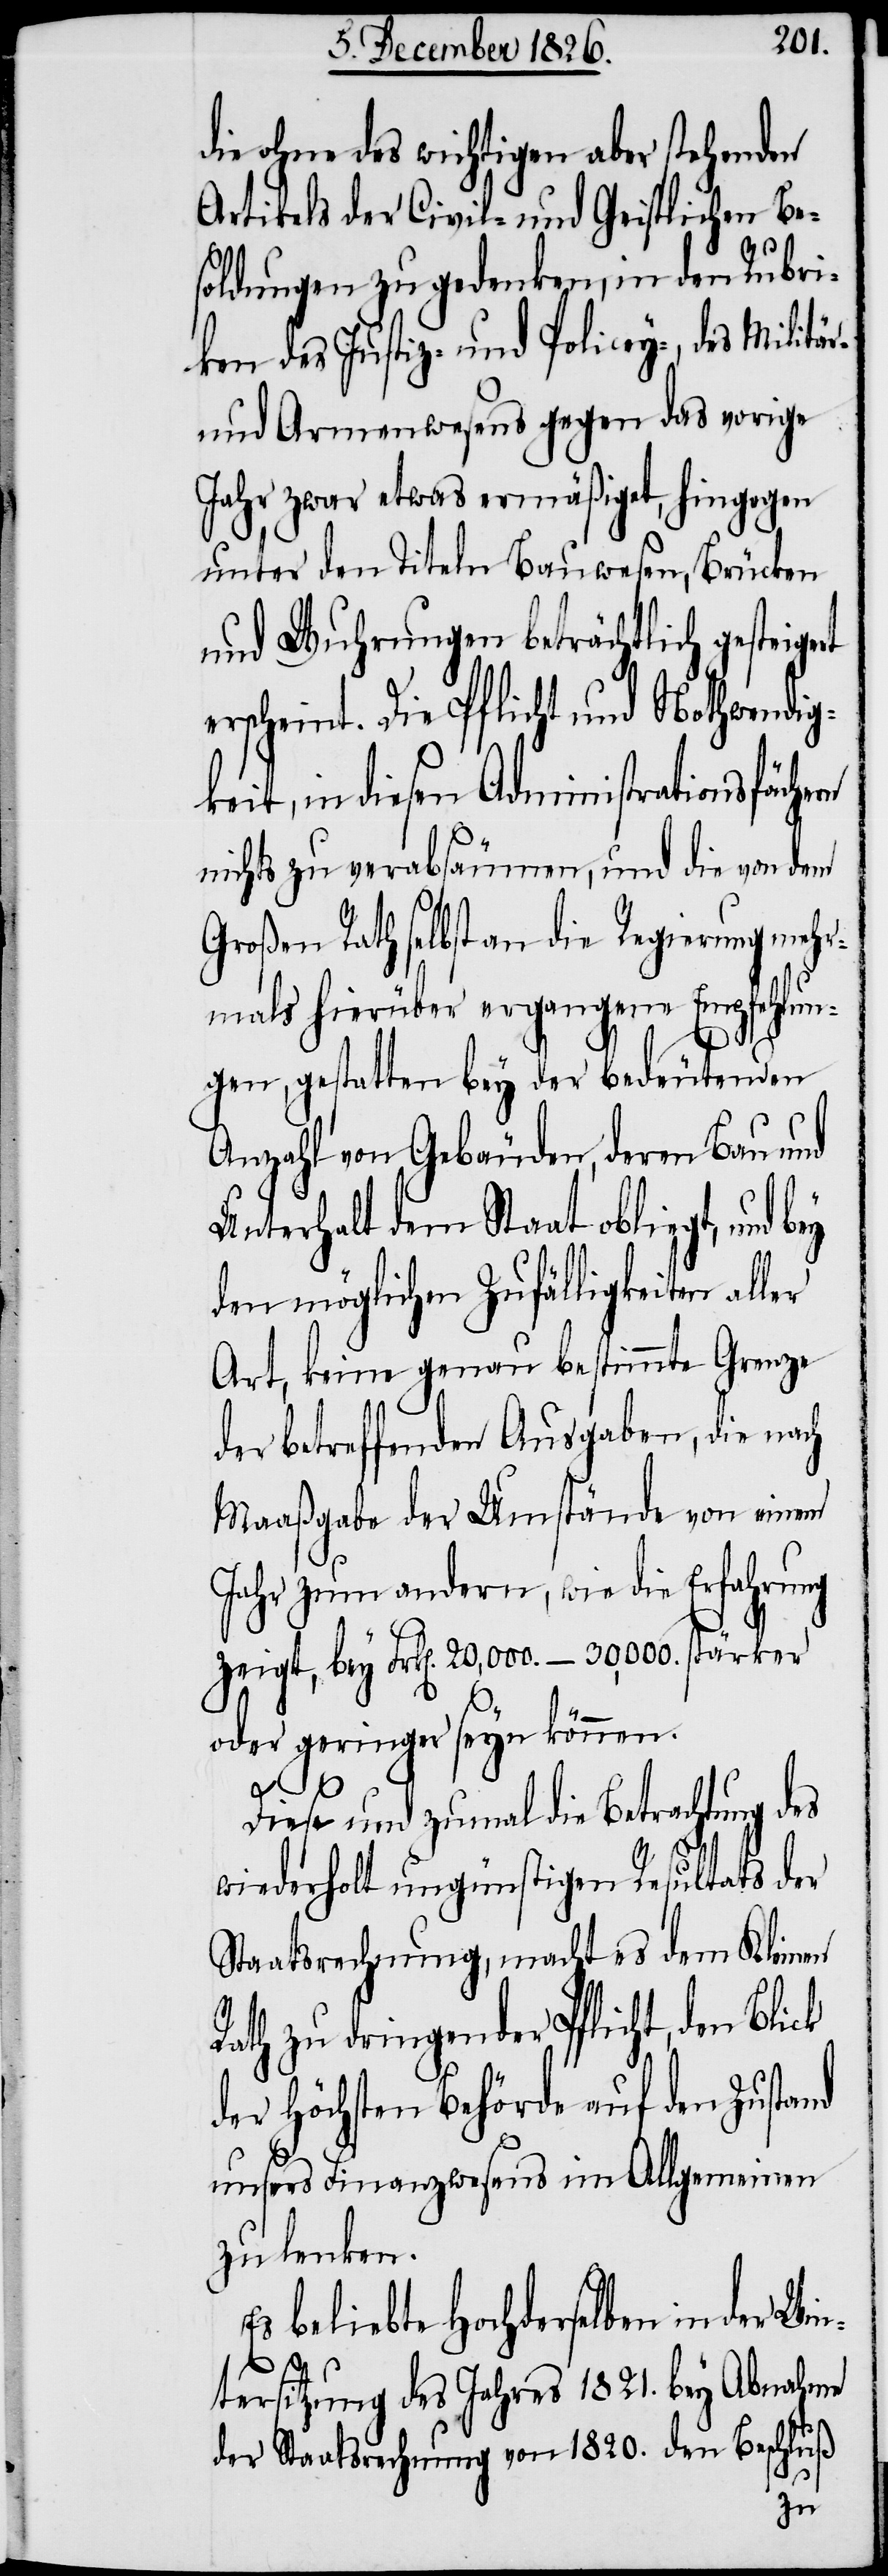
die ohne des wichtigen aber stehenden
Artikels der Civil- und Geistlichen Be¬
soldungen zu gedenken, in den Rubri¬
ken des Justiz- und Policey-, des Militär-
und Armenwesens gegen das vorige
Jahr zwar etwas ermäßiget, hingegen
unter den Titeln Bauwesen, Brücken
und Wuhrungen beträchtlich gesteige¬
erscheint. Die Pflicht und Nothwendig¬
keit, in diesen Administrationsfächern
nichts zu verabsäumen, und die von dem
Großen Rath selbst an die Regierung mehr¬
mals hierüber ergangene Empfehlun¬
gen, gestatten bey der bedeutenden
Anzahl von Gebäuden, deren Bau und
Unterhalt dem Staat obliegt, und
den möglichen Zufälligkeiten aller
Art, keine genau bestimmte Grenze
der betreffenden Ausgaben, die nach
Maaßgabe der Umstände von einem
Jahr zum andern, wie die Erfahrung
zeigt, bey Frk[en]. 20,000. – 30,000. stärker
oder geringer seyn können.
ck
Diese und zumal die Betrachtung des
wiederholt ungünstigen Resultats der
Staatsrechnung, macht es dem Kleinen
Rath zu dringender Pflicht, den Bli¬
der Höchsten Behörde auf den Zustand
unsers Finanzwesens im Allgemeinen
zu lenken.
Es beliebte Hochderselben in der Win¬
tersitzung des Jahres 1821. bey Abnahme
der Staatsrechnung von 1820. den Beschluß